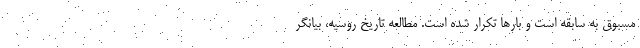
مسبوق به سابقه است و بارها تکرار شده است. مطالعه تاریخ روسیه، بیانگر